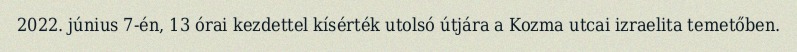
2022. június 7-én, 13 órai kezdettel kísérték utolsó útjára a Kozma utcai izraelita temetőben.